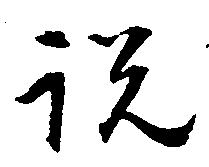
説